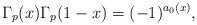
LaTeX: \begin{align*}\Gamma_p(x)\Gamma_p(1-x)=(-1)^{a_0(x)},\end{align*}